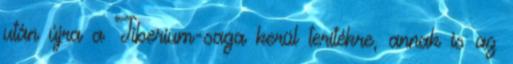
után újra a Tiberium-saga kerül terítékre, annak is az